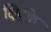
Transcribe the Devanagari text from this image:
क्षिद्रके